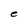
Character: e